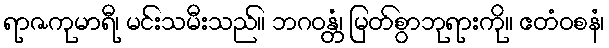
ရာဇကုမာရီ၊ မင်းသမီးသည်။ ဘဂဝန္တံ၊ မြတ်စွာဘုရားကို။ ဧတံဝစနံ၊